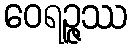
ဝေရဉ္ဇဿ